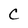
Character: C